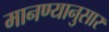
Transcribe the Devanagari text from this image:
मानण्यानुसार